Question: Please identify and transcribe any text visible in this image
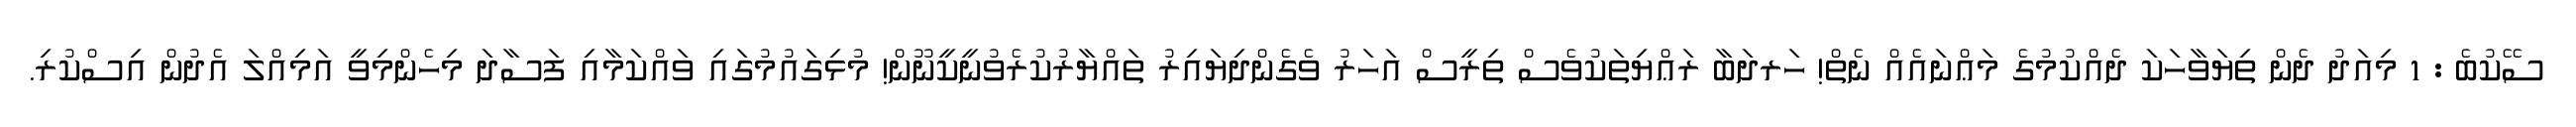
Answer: ސޭކުބެ : 1 މިއަދު ދެން ތިޔަވާހަކަ ދެއްކުމުގެ މަޢްނައެއް ނެތް! ހަރދަބާ ރަޢްޔިތަކުވެސް ތިރީސް އަހަރު ވެގެންދިޔައިރު ތައްޔާރުކުރެވުނީކީނޫން! މުޅިގައުމުގައި ވައްކަމާއި ފަސާދަ މިހެންމިވީ އަމިއްލަ އެދުން އިސްކުރި.